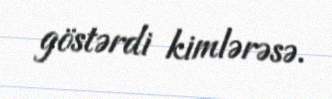
göstərdi kimlərəsə.